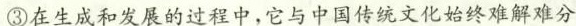
③在生成和发展的过程中，它与中国传统文化始终难解难分